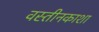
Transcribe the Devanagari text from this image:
वस्तीनकाशा